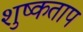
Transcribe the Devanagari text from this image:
शुष्कताप